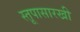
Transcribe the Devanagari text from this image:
स्तूपासारखी